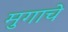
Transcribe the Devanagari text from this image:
मुगाचे